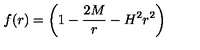
f ( r ) = \left( 1 - { \frac { 2 M } { r } } - H ^ { 2 } r ^ { 2 } \right)